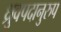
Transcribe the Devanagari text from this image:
ध्रुवपदानुरुप